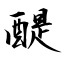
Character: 醍